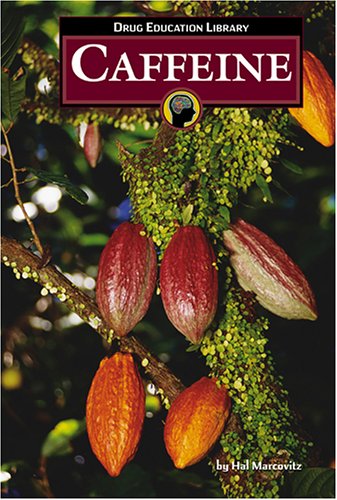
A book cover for Caffeine (Drug Education Library); Hal Marcovitz; Health, Fitness & Dieting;